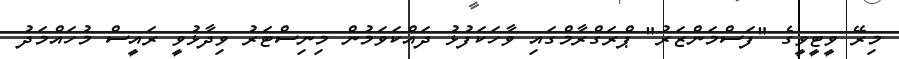
މިރޭ ވީޓީވީގެ "ފަސްމަންޒަރު" ޕްރަގްރާމްގައި ވާހަކަފުޅު ދައްކަވަމުން މިނިސްޓަރު ވިދާޅުވީ ރައީސް މުހައްމަދު